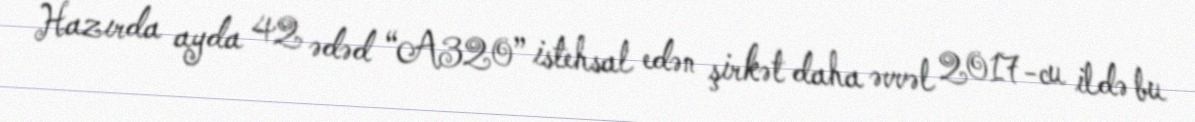
Hazırda ayda 42 ədəd “A320” istehsal edən şirkət daha əvvəl 2017-cu ildə bu